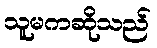
သူမကဆိုသည်